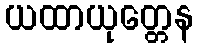
ယထာယုတ္တေန